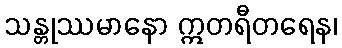
သန္တုဿမာနော ဣတရီတရေန၊